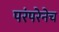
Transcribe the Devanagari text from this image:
परंपरेनेच